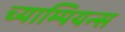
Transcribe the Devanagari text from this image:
च्याम्पियन्स